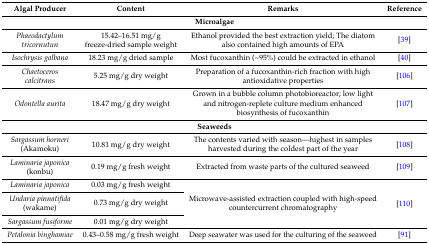
<table><thead><tr><td><b>Algal Producer</b></td><td><b>Content</b></td><td><b>Remarks</b></td><td><b>Reference</b></td></tr></thead><tbody><tr><td colspan="4"><b>Microalgae</b></td></tr><tr><td><i>Phaeodactylum tricornutun</i></td><td>15.42–16.51 mg/g freeze-dried sample weight</td><td>Ethanol provided the best extraction yield; The diatom also contained high amounts of EPA</td><td>[39]</td></tr><tr><td><i>Isochrysis galbana</i></td><td>18.23 mg/g dried sample</td><td>Most fucoxanthin (~95%) could be extracted in ethanol</td><td>[40]</td></tr><tr><td><i>Chaetoceros calcitrans</i></td><td>5.25 mg/g dry weight</td><td>Preparation of a fucoxanthin-rich fraction with high antioxidative properties</td><td>[106]</td></tr><tr><td><i>Odontella aurita</i></td><td>18.47 mg/g dry weight</td><td>Grown in a bubble column photobioreactor; low light and nitrogen-replete culture medium enhanced biosynthesis of fucoxanthin</td><td>[107]</td></tr><tr><td colspan="4"><b>Seaweeds</b></td></tr><tr><td><i>Sargassum horneri</i> (Akamoku)</td><td>10.81 mg/g dry weight</td><td>The contents varied with season—highest in samples harvested during the coldest part of the year</td><td>[108]</td></tr><tr><td><i>Laminaria japonica</i> (konbu)</td><td>0.19 mg/g fresh weight</td><td>Extracted from waste parts of the cultured seaweed</td><td>[109]</td></tr><tr><td><i>Laminaria japonica</i></td><td>0.03 mg/g fresh weight</td><td rowspan="3">Microwave-assisted extraction coupled with high-speed countercurrent chromatography</td><td rowspan="3">[110]</td></tr><tr><td><i>Undaria pinnatifida</i> (wakame)</td><td>0.73 mg/g dry weight</td></tr><tr><td><i>Sargassum fusiforme</i></td><td>0.01 mg/g dry weight</td></tr><tr><td><i>Petalonia binghamiae</i></td><td>0.43–0.58 mg/g fresh weight</td><td>Deep seawater was used for the culturing of the seaweed</td><td>[91]</td></tr></tbody></table>